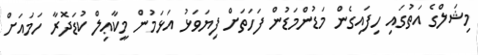
މިޝަލްގެ އަތުގައި ހިފައިގެން މަޑުންމަޑުން ފަހަތަށް ފިޔަވަޅު އަޅަމުން މީކާޢިލް ކުޑަދޮރާ ހަމައަށް